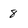
Character: 8